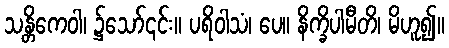
သန္တိကေဝါ၊ ၌သော်၎င်း။ ပရိဝါသံ၊ ပေ။ နိက္ခိပါမီတိ၊ မိဟူ၍။